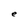
Character: e